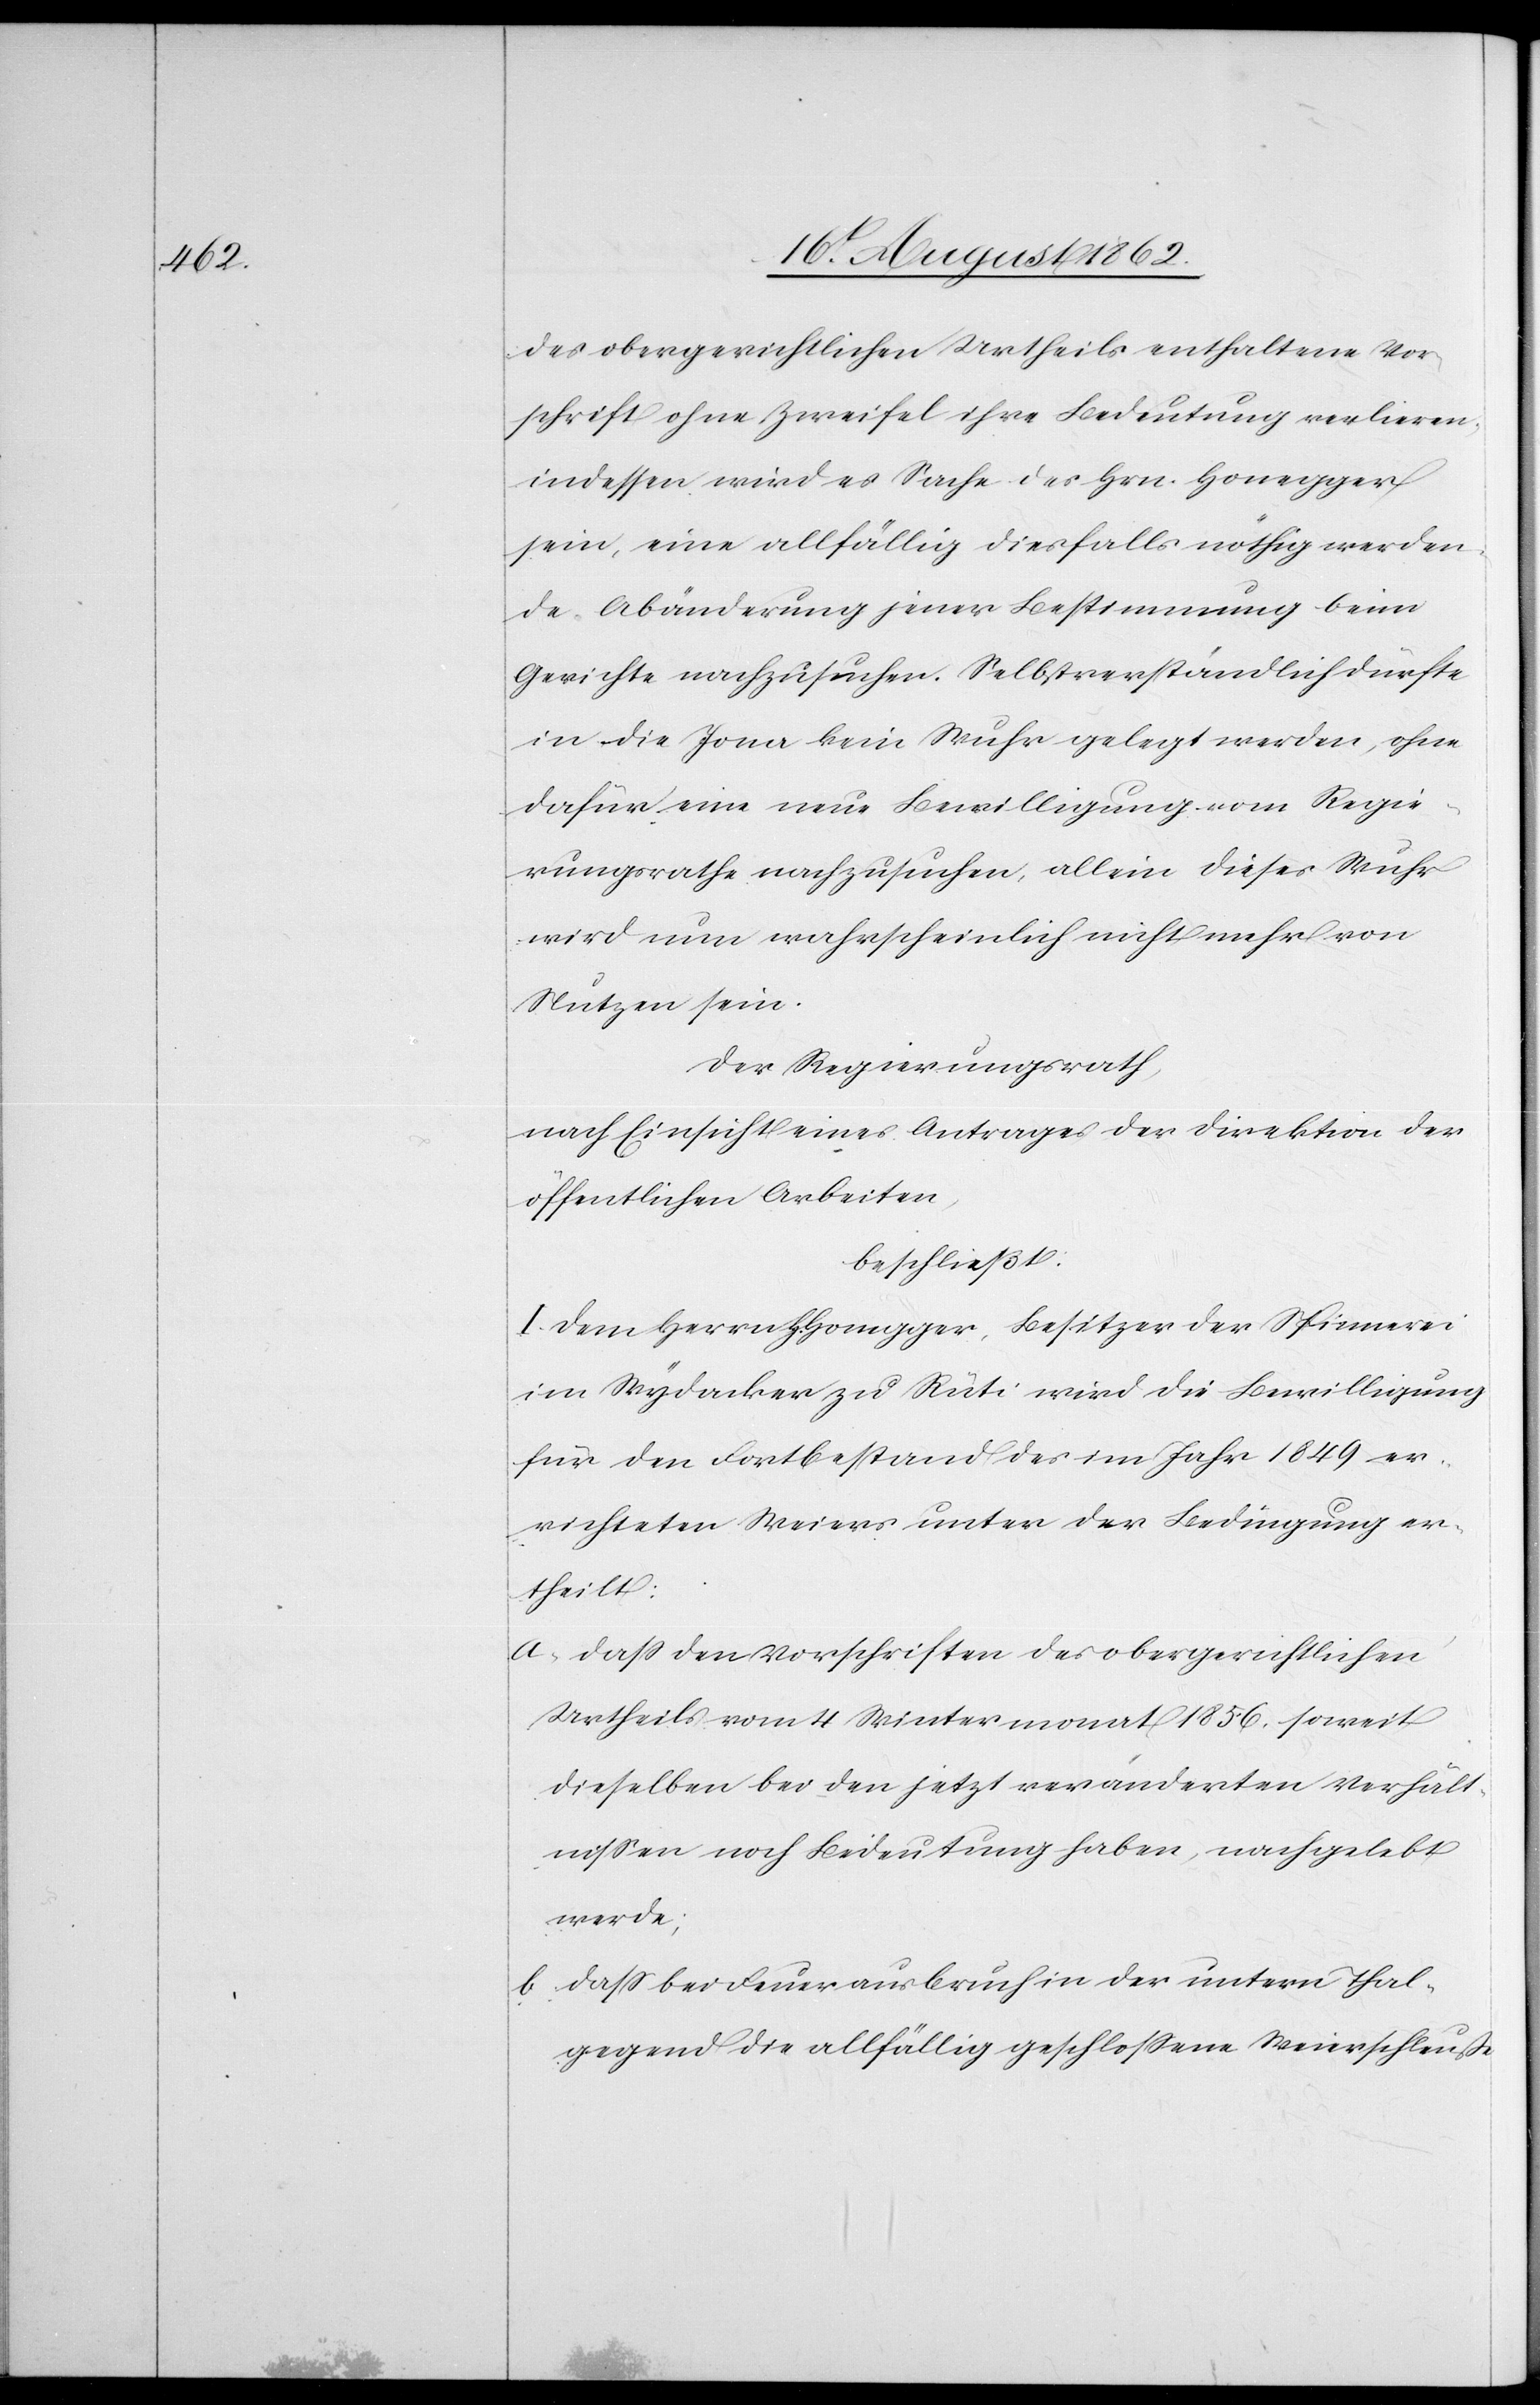
des obergerichtlichen Urheils enthaltene Vor¬
schrift ohne Zweifel ihre Bedeutung verlieren,
indessen wird es Sache des Hrn. Honegger
sein, eine allfällig diesfalls nöthig werden¬
de Abänderung jener Bestimmung beim
Gerichte nachzusuchen. Selbstverständlich dürfte
in die Jona kein Wuhr gelegt werden, ohne
dafür eine neue Bewilligung vom Regie¬
rungsrathe nachzusuchen, allein dieses Wuhr
wird nun wahrscheinlich nicht mehr von
Nutzen sein.
Der Regierungsrath,
nach Einsicht eines Antrages der Direktion der
öffentlichen Arbeiten,
beschließt:
I. Dem Herrn Honegger, Besitzer der Spinnerei
im Wydacker zu Rüti wird die Bewilligung
für den Fortbestand des im Jahr 1849 er¬
richteten Weiers unter der Bedingung er¬
theilt:
a. Daß den Vorschriften des obergerichtlichen
Urtheils vom 4. Wintermonat 1856 soweit
dieselben bei den jetzt veränderten Verhält¬
nißen noch Bedeutung haben, nachgelebt
werden;
b. daß bei Feuerausbruch in der untern Thal¬
gegend die allfällig geschloßene Weierschleusse